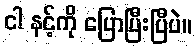
ငါ နင့်ကို ပြောပြီးပြီပဲ။